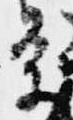
条